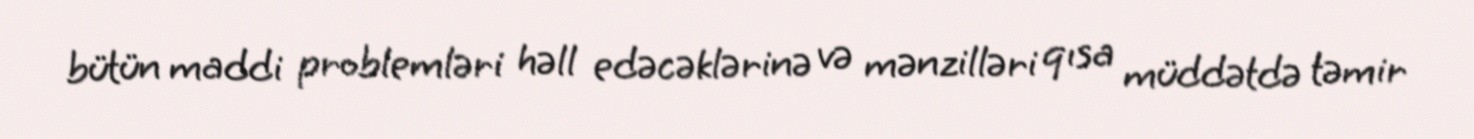
bütün maddi problemləri həll edəcəklərinə və mənzilləri qısa müddətdə təmir